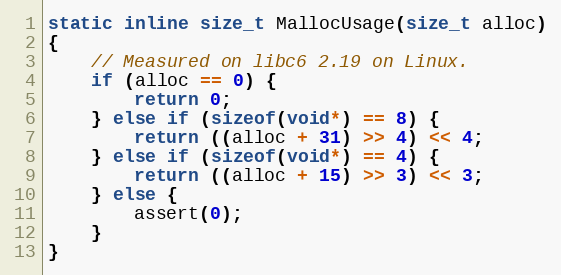
Language: C
static inline size_t MallocUsage(size_t alloc)
{
    // Measured on libc6 2.19 on Linux.
    if (alloc == 0) {
        return 0;
    } else if (sizeof(void*) == 8) {
        return ((alloc + 31) >> 4) << 4;
    } else if (sizeof(void*) == 4) {
        return ((alloc + 15) >> 3) << 3;
    } else {
        assert(0);
    }
}